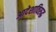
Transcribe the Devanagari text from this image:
आदेशाविरुद्ध